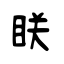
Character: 眹